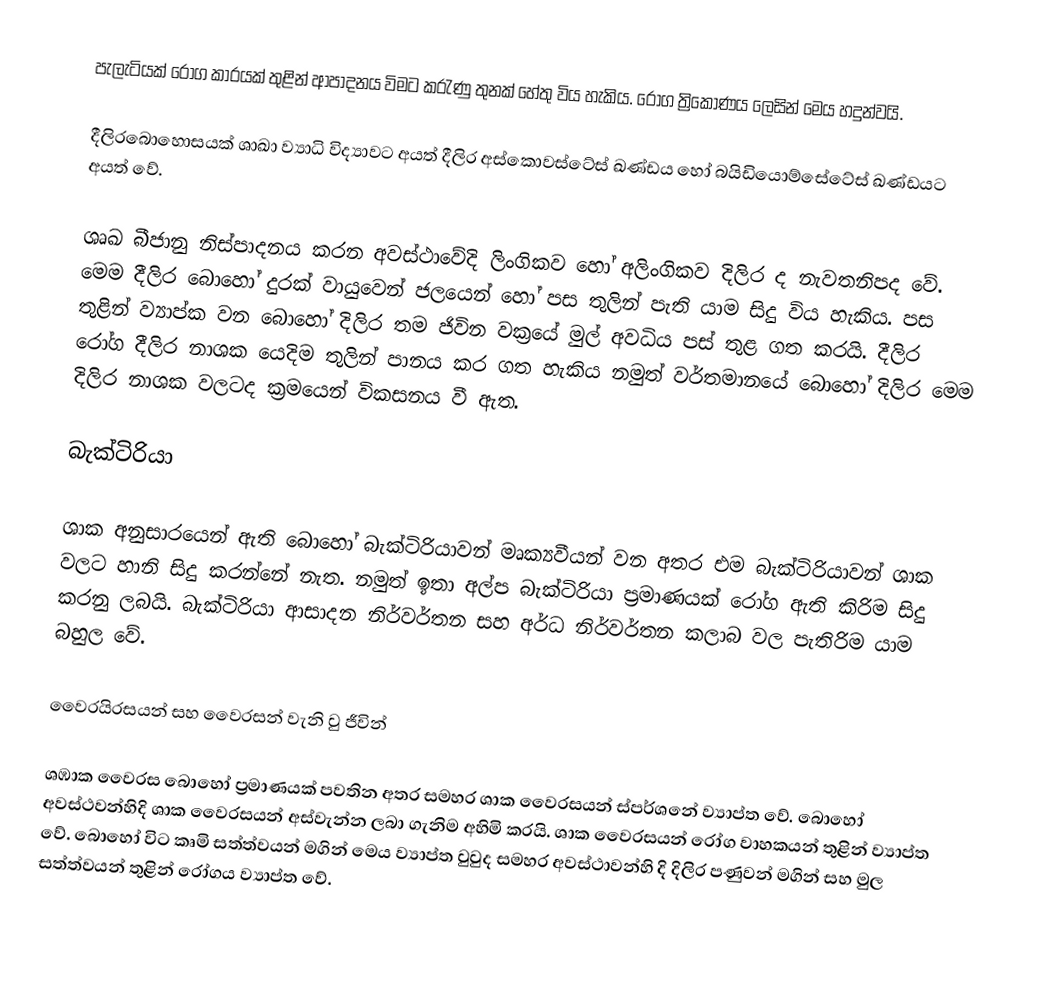
පැලැටියක් රෝග කාරයක් තුළින් ආපාදනය විමට කරැණු තුනක් හේතු විය හැකිය. රෝග ත්‍රිකෝණය ලෙසින් මෙය හදුන්වයි.

දීලිරබොහොසයක් ශාඛා ව්‍යාධි විද්‍යාවට අයත් දීලිර අස්කොවස්ටේස් ඛණ්ඩය හෝ බයිඩියොම්සේටේස් ඛණ්ඩයට  අයත් වේ.

ශෘඛ බීජානු නිස්පාදනය කරන අවස්ථාවේදි ලිංගිකව හෝ අලිංගිකව දිලිර ද නැවතනිපද වේ. මෙම දීලිර බොහෝ දුරක් වායුවෙන් ජලයෙන් හෝ පස තුලින් පැති යාම සිදු විය හැකිය. පස තුළින් ව්‍යාප්ක වන බොහෝ දිලිර තම ජිවින වක්‍රයේ මුල් අවධිය පස් තුළ ගත කරයි. දීලිර රෝග දීලිර නාශක යෙදිම තුලින් පානය කර ගත හැකිය නමුත් වර්තමානයේ බොහෝ දිලිර මෙම දිලිර නාශක වලටද ක්‍රමයෙන් විකසනය වී ඇත.

බැක්ටිරියා

ශාක අනුසාරයෙන් ඇති බොහෝ බැක්ටිරියාවන් මෘක්‍යවීයන් වන අතර එම බැක්ටිරියාවන් ශාක වලට හානි සිදු කරන්නේ නැත. නමුත් ඉතා අල්ප බැක්ටිරියා ප්‍රමාණයක් රෝග ඇති කිරිම සිදු කරනු ලබයි. බැක්ටිරියා ආසාදන නිර්වර්තන සහ අර්ධ නිර්වර්තන කලාබ වල පැතිරිම යාම බහුල වේ.

වෛරයිරසයන් සහ වෛරසන් වැනි වු ජීවින්

ශඹාක වෛරස බොහෝ ප්‍රමාණයක් පවතින අතර සමහර ශාක වෛරසයන් ස්පර්ශනේ ව්‍යාප්ත වේ. බොහෝ අවස්ථවන්හිදි ශාක වෛරසයන් අස්වැන්න ලබා ගැනිම අහිමි කරයි. ශාක වෛරසයන් රෝග වාහකයන් තුළින් ව්‍යාප්ත වේ. බොහෝ විට කෘමි සත්ත්වයන් මගින් මෙය ව්‍යාප්ත වුවුද සමහර අවස්ථාවන්හි දි දිලිර පණුවන් මගින් සහ මුල සත්ත්වයන් තුළින් රෝගය ව්‍යාප්ත වේ.